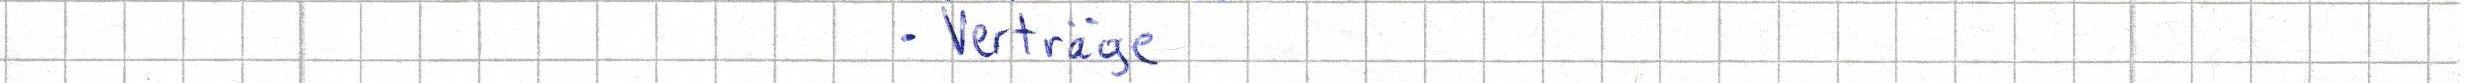
- Verträge